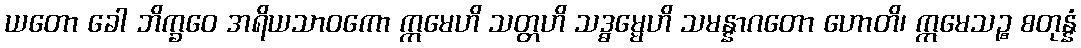
ယတော ခေါ ဘိက္ခဝေ အရိယသာဝကော ဣမေဟိ သတ္တဟိ သဒ္ဓမ္မေဟိ သမန္နာဂတော ဟောတိ၊ ဣမေသဉ္စ စတုန္နံ